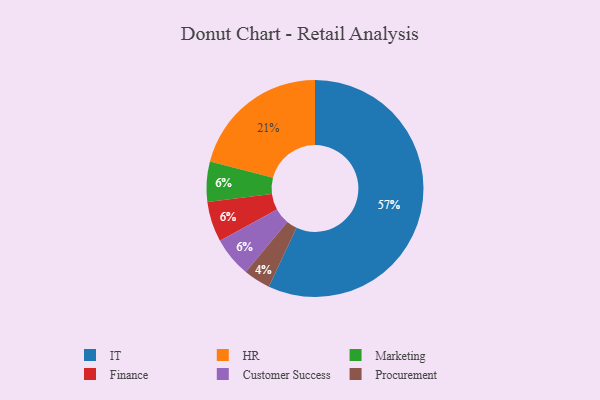
{"axis": {"x": "Category", "y": "Percentage"}, "legend": ["Customer Success", "Finance", "HR", "IT", "Marketing", "Procurement"], "data": [{"x": "Marketing", "y": 6, "type": "Marketing"}, {"x": "Procurement", "y": 4, "type": "Procurement"}, {"x": "HR", "y": 21, "type": "HR"}, {"x": "IT", "y": 57, "type": "IT"}, {"x": "Finance", "y": 6, "type": "Finance"}, {"x": "Customer Success", "y": 6, "type": "Customer Success"}]}